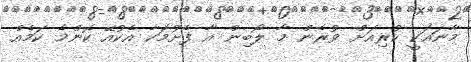
މާނައަކީ ކުރިއަށް ވުރެން މާ ލޯބިން އާ ފެށުމަކާ އެކުއޭ ކޮންމެ ކަމެއް